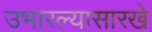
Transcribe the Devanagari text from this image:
उभारल्यासारखे